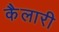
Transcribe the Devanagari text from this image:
कैलारी